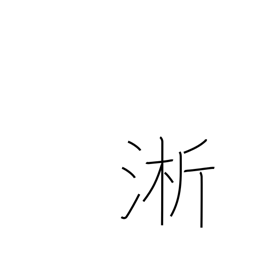
Meaning: wash rice